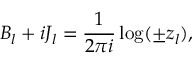
B _ { l } + i J _ { l } = \frac 1 { 2 \pi i } \log ( \pm z _ { l } ) ,